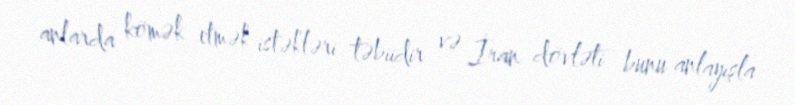
anlarda kömək etmək istəkləri təbiidir və İran dövləti bunu anlayışla